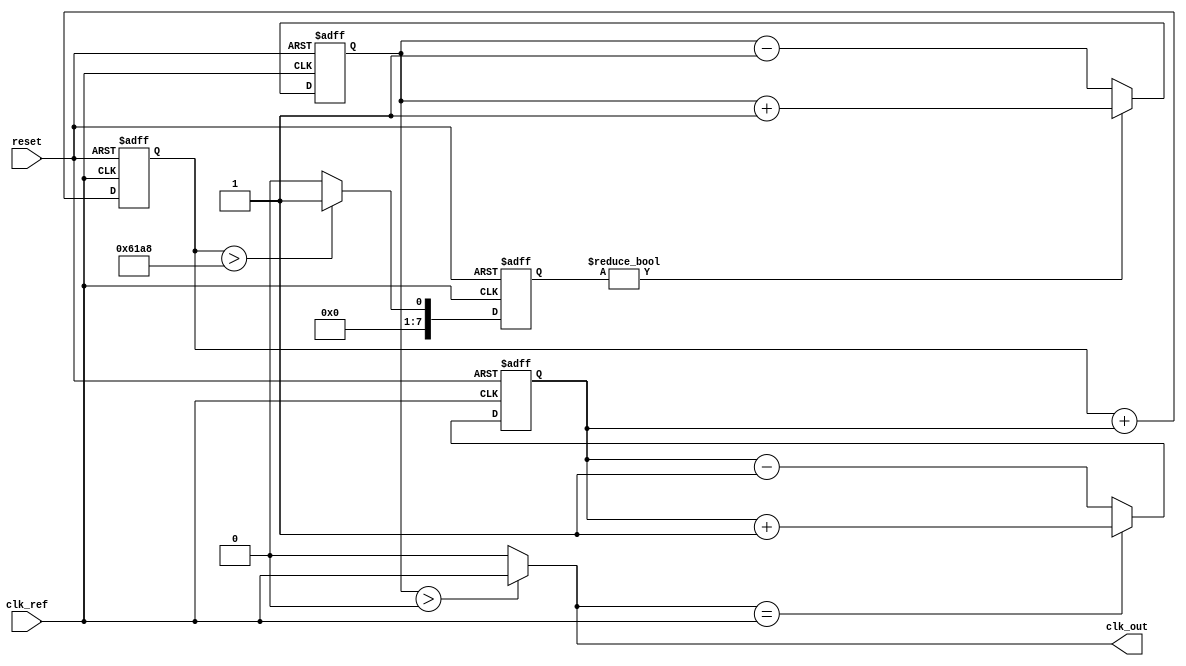
module sigma_delta_pll (
    input wire clk_ref,            // Reference clock input
    input wire reset,              // Reset signal
    output wire clk_out            // Output clock from VCO
);

// Parameters for Sigma-Delta Modulator
parameter M = 8;  // Order of the modulator
parameter VCO_MAX_FREQ = 50_000;  // Maximum VCO frequency in arbitrary units
parameter VCO_FREQ_RESOLUTION = 1; // Frequency step resolution

// Internal signals
reg [7:0] phase_error; // Phase error signal from the phase detector
reg [7:0] control_voltage; // Control voltage from the loop filter
reg [7:0] sigma_delta_out; // Output of the sigma-delta modulator
reg vco_freq; // Frequency output of the VCO

// Phase Detector
always @(posedge clk_ref or posedge reset) begin
    if (reset) begin
        phase_error <= 0;
    end else begin
        // Sample the phase-lag (simple example searching for edges)
        // In a real system, you may want to use a more complex phase comparison
        if (clk_out == clk_ref) begin
            phase_error <= phase_error + 1; // Increment phase error
        end else begin
            phase_error <= phase_error - 1; // Decrement phase error
        end
    end
end

// Loop Filter (Simple integrator)
always @(posedge clk_ref or posedge reset) begin
    if (reset) begin
        control_voltage <= 0;
    end else begin
        control_voltage <= control_voltage + phase_error; // Simple integration
    end
end

// Sigma-Delta Modulator
always @(posedge clk_ref or posedge reset) begin
    if (reset) begin
        sigma_delta_out <= 0;
    end else begin
        // Simple 1-bit sigma-delta modulator (1-bit output quantization)
        if (control_voltage > (VCO_MAX_FREQ / 2)) begin
            sigma_delta_out <= 1; // If control voltage is high, output 1
        end else begin
            sigma_delta_out <= 0; // If control voltage is low, output 0
        end
    end
end

// Voltage-Controlled Oscillator (VCO)
always @(posedge clk_ref or posedge reset) begin
    if (reset) begin
        vco_freq <= 0; // Reset frequency
    end else begin
        // Update the VCO frequency based on sigma delta output
        if (sigma_delta_out) begin
            vco_freq <= vco_freq + VCO_FREQ_RESOLUTION; // Up
        end else begin
            vco_freq <= vco_freq - VCO_FREQ_RESOLUTION; // Down
        end
    end
end

// Clock Output Generation (for demonstration)
assign clk_out = (vco_freq > 0) ? clk_ref : 1'b0; // Simple clock output control

endmodule